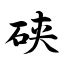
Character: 硖